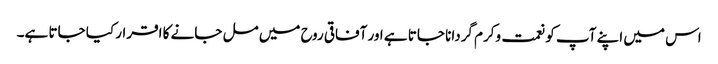
اس میں اپنے آپ کو نعمت وکرم گردانا جاتا ہے اور آفاقی روح میں مل جانے کا اقرار کیا جاتا ہے۔